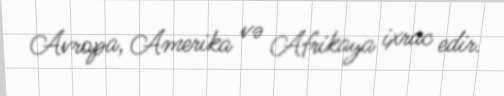
Avropa, Amerika və Afrikaya ixrac edir.